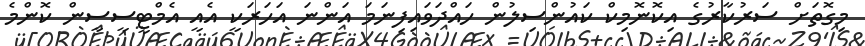
މިގޮތަށް ސަރުކާރުގެ އިކޮނޮމިކް ކައުންސިލުން ހައްދަވައިފިނަމަ އަންނަ އަހަރަކީ އެއީ އެމްޓީސީސީން ކޮންމެ